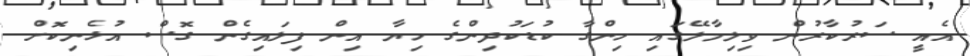
އެއީ ސަރުކާރުން ވިލިމާލޭގައި ހިންގާ ކުޑަކުދިންގެ ހިޔާ އިން ފިލައިގެން ގޮސް އުޅެނިކޮށް